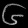
Digit: ၆